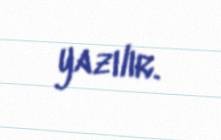
yazılır.